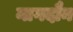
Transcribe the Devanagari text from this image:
नागदौन